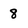
Character: 8